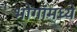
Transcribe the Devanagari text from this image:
भोगांमध्ये